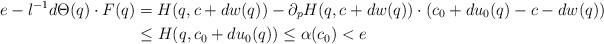
LaTeX: \begin{align*}e-l^{-1}d\Theta(q)\cdot F(q) &=H(q,c+dw(q))- \partial_pH(q,c+dw(q))\cdot (c_0+du_0(q)-c-dw(q))\\& \leq H(q,c_0+du_0(q))\leq \alpha(c_0)<e\end{align*}